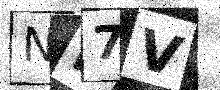
Text: NE7V